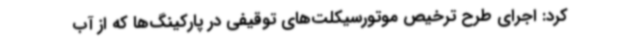
کرد: اجرای طرح ترخیص موتورسیکلت‌های توقیفی در پارکینگ‌ها که از آب